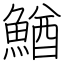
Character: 鰌